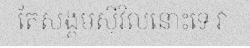
តែសង្គមស៊ីវិលនោះទេ វា